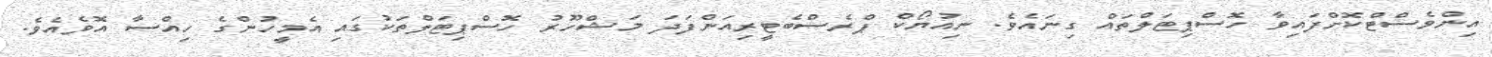
އިންވެސްޓްކޮށްފައިވާ ހޮސްޕިޓަލްތައް ގިނައެވެ. ނިއުޔޯކް ޕްރެސްބެޓީރިއަންފަދަ މަޝްހޫރު ހޮސްޕިޓަލްތަކުގައި އެމީހުންގެ ހިއްސާ އޮވެއެވެ.